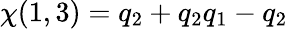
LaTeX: \chi(1,3)=q_{2}+q_{2}q_{1}-q_{2}